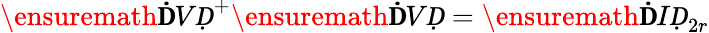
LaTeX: \ensuremath{\mathbf ḊVḌ}^{+}\ensuremath{\mathbf ḊVḌ}=\ensuremath{\mathbf ḊIḌ}_{2r}